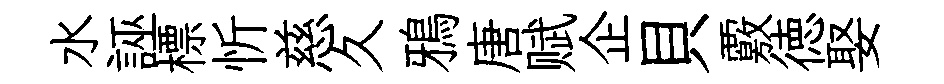
水誣標忻慈久鴉唐赋企貝覈徳娶